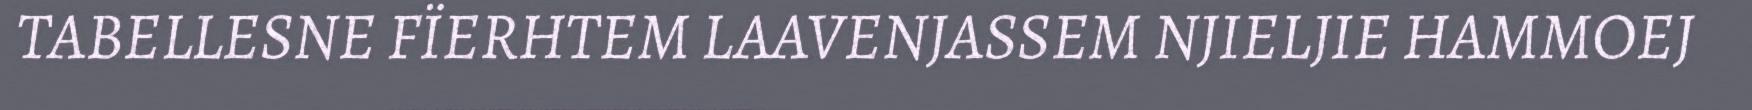
TABELLESNE FÏERHTEM LAAVENJASSEM NJIELJIE HAMMOEJ